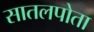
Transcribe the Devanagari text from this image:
सातलपोता